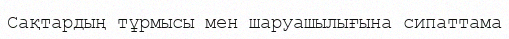
Сақтардың тұрмысы мен шаруашылығына сипаттама